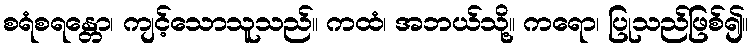
စရံစရန္တော၊ ကျင့်သောသူသည်။ ကထံ၊ အဘယ်သို့။ ကရော၊ ပြုသည်ဖြစ်၍။